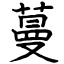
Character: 蔓